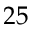
2 5